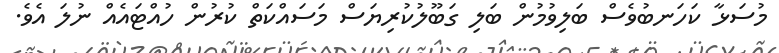
މުސަޅާ ކަހަނބުވެސް ބަލިވުމުން ބަލި ގަބޫލުކުރިޔަސް މަސައްކަތް ކުރުން ހުއްޓައެއް ނުލަ އެވެ.